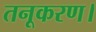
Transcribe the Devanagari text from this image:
तनूकरण।